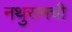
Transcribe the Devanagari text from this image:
नथुरामची